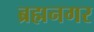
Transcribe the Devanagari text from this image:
ब्रह्मनगर